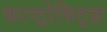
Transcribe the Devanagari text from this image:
कान्ट्रोविट्ज़